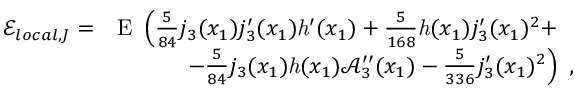
\begin{array} { r l } { \mathcal { E } _ { l o c a l , J } = } & { \mathrm { E } \ \left( \frac { 5 } { 8 4 } j _ { 3 } ( x _ { 1 } ) j _ { 3 } ^ { \prime } ( x _ { 1 } ) \mathit { h } ^ { \prime } ( x _ { 1 } ) + \frac { 5 } { 1 6 8 } \mathit { h } ( x _ { 1 } ) j _ { 3 } ^ { \prime } ( x _ { 1 } ) ^ { 2 } + \right. } \\ & { \ \ \ \ \ \ \ \ \ \left. - \frac { 5 } { 8 4 } j _ { 3 } ( x _ { 1 } ) \mathit { h } ( x _ { 1 } ) \mathcal { A } _ { 3 } ^ { \prime \prime } ( x _ { 1 } ) - \frac { 5 } { 3 3 6 } j _ { 3 } ^ { \prime } ( x _ { 1 } ) ^ { 2 } \right) \ , } \end{array}